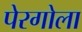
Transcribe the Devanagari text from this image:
पेरगोला